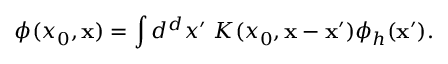
\phi ( x _ { 0 } , { \bf x } ) = \int d ^ { d } x ^ { \prime } \; K ( x _ { 0 } , { \bf x } - { \bf x } ^ { \prime } ) \phi _ { h } ( { \bf x } ^ { \prime } ) .